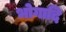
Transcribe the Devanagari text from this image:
भोगादि